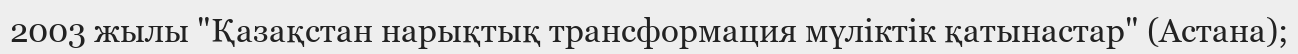
2003 жылы "Қазақстан нарықтық трансформация мүліктік қатынастар" (Астана);